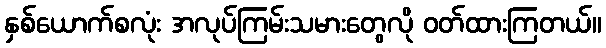
နှစ်ယောက်စလုံး အလုပ်ကြမ်းသမားတွေလို ဝတ်ထားကြတယ်။